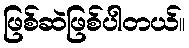
ဖြစ်ဆဲဖြစ်ပါတယ်။